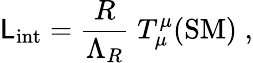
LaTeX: {\cal\mathsf{L}}_{\mathrm{{int}}}=\frac{{R}}{{\Lambda_{R}}}\; T_{\mu}^{\mu}(\mathrm{{SM}})\; ,